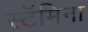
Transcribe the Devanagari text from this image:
स्टॅमिना